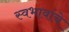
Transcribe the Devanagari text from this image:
स्वभावांचे